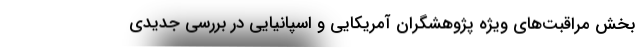
بخش مراقبت‌های ویژه پژوهشگران آمریکایی و اسپانیایی در بررسی جدیدی